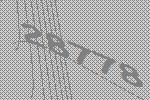
28778